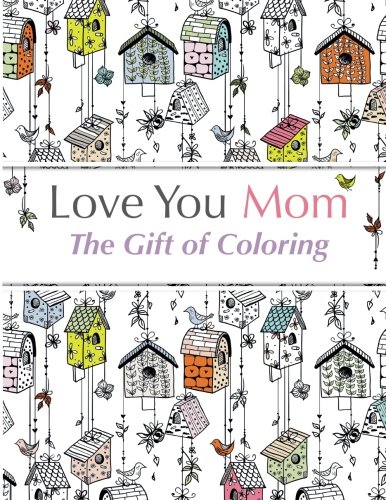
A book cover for Love You Mom: The Gift Of Coloring: The perfect anti-stress coloring book for moms; Christina Rose; Arts & Photography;